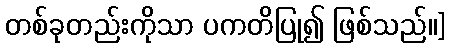
တစ်ခုတည်းကိုသာ ပကတိပြု၍ ဖြစ်သည်၊၊]